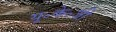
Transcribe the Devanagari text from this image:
यू॰के॰जी